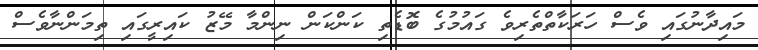
މައިދާނުގައި ވެސް ހަރަކާތްތެރިވެ ގައުމުގެ ބޮޑެތި ކަންކަން ނިންމާ މޭޒު ކައިރީގައި ތިމަންނާވެސް